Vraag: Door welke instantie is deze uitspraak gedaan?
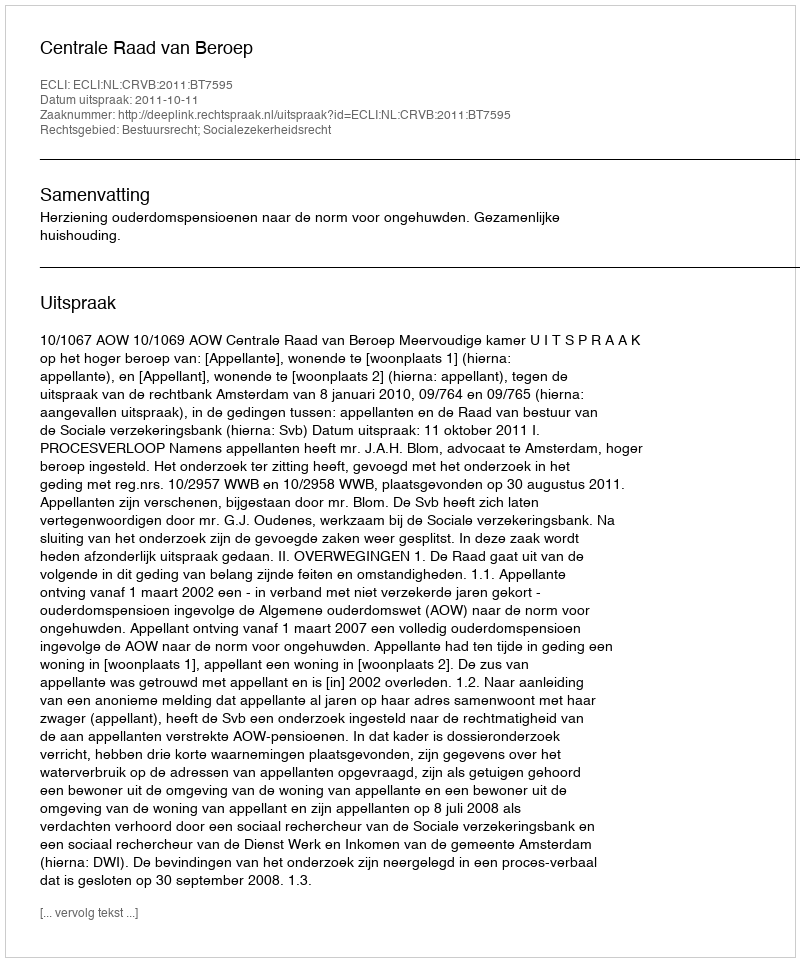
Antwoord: Centrale Raad van Beroep